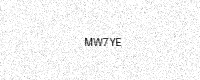
Text: MW7YE